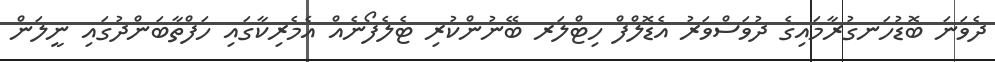
ދެވަނަ ބޮޑުހަނގުރާމައިގެ ދުވަސްވަރު އެޑޮލްފް ހިޓްލަރ ބޭނުންކުރި ޓެލެފޯނެއް އެމެރިކާގައި ހަފްތާބަންދުގައި ނީލަން